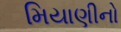
મિયાણીનો